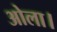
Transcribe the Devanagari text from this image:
ओला।